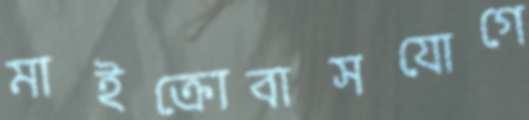
মাইক্রোবাসযোগে